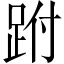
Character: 跗